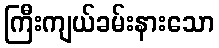
ကြီးကျယ်ခမ်းနားသော